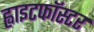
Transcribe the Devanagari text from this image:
ह्वाइटफॉस्टर